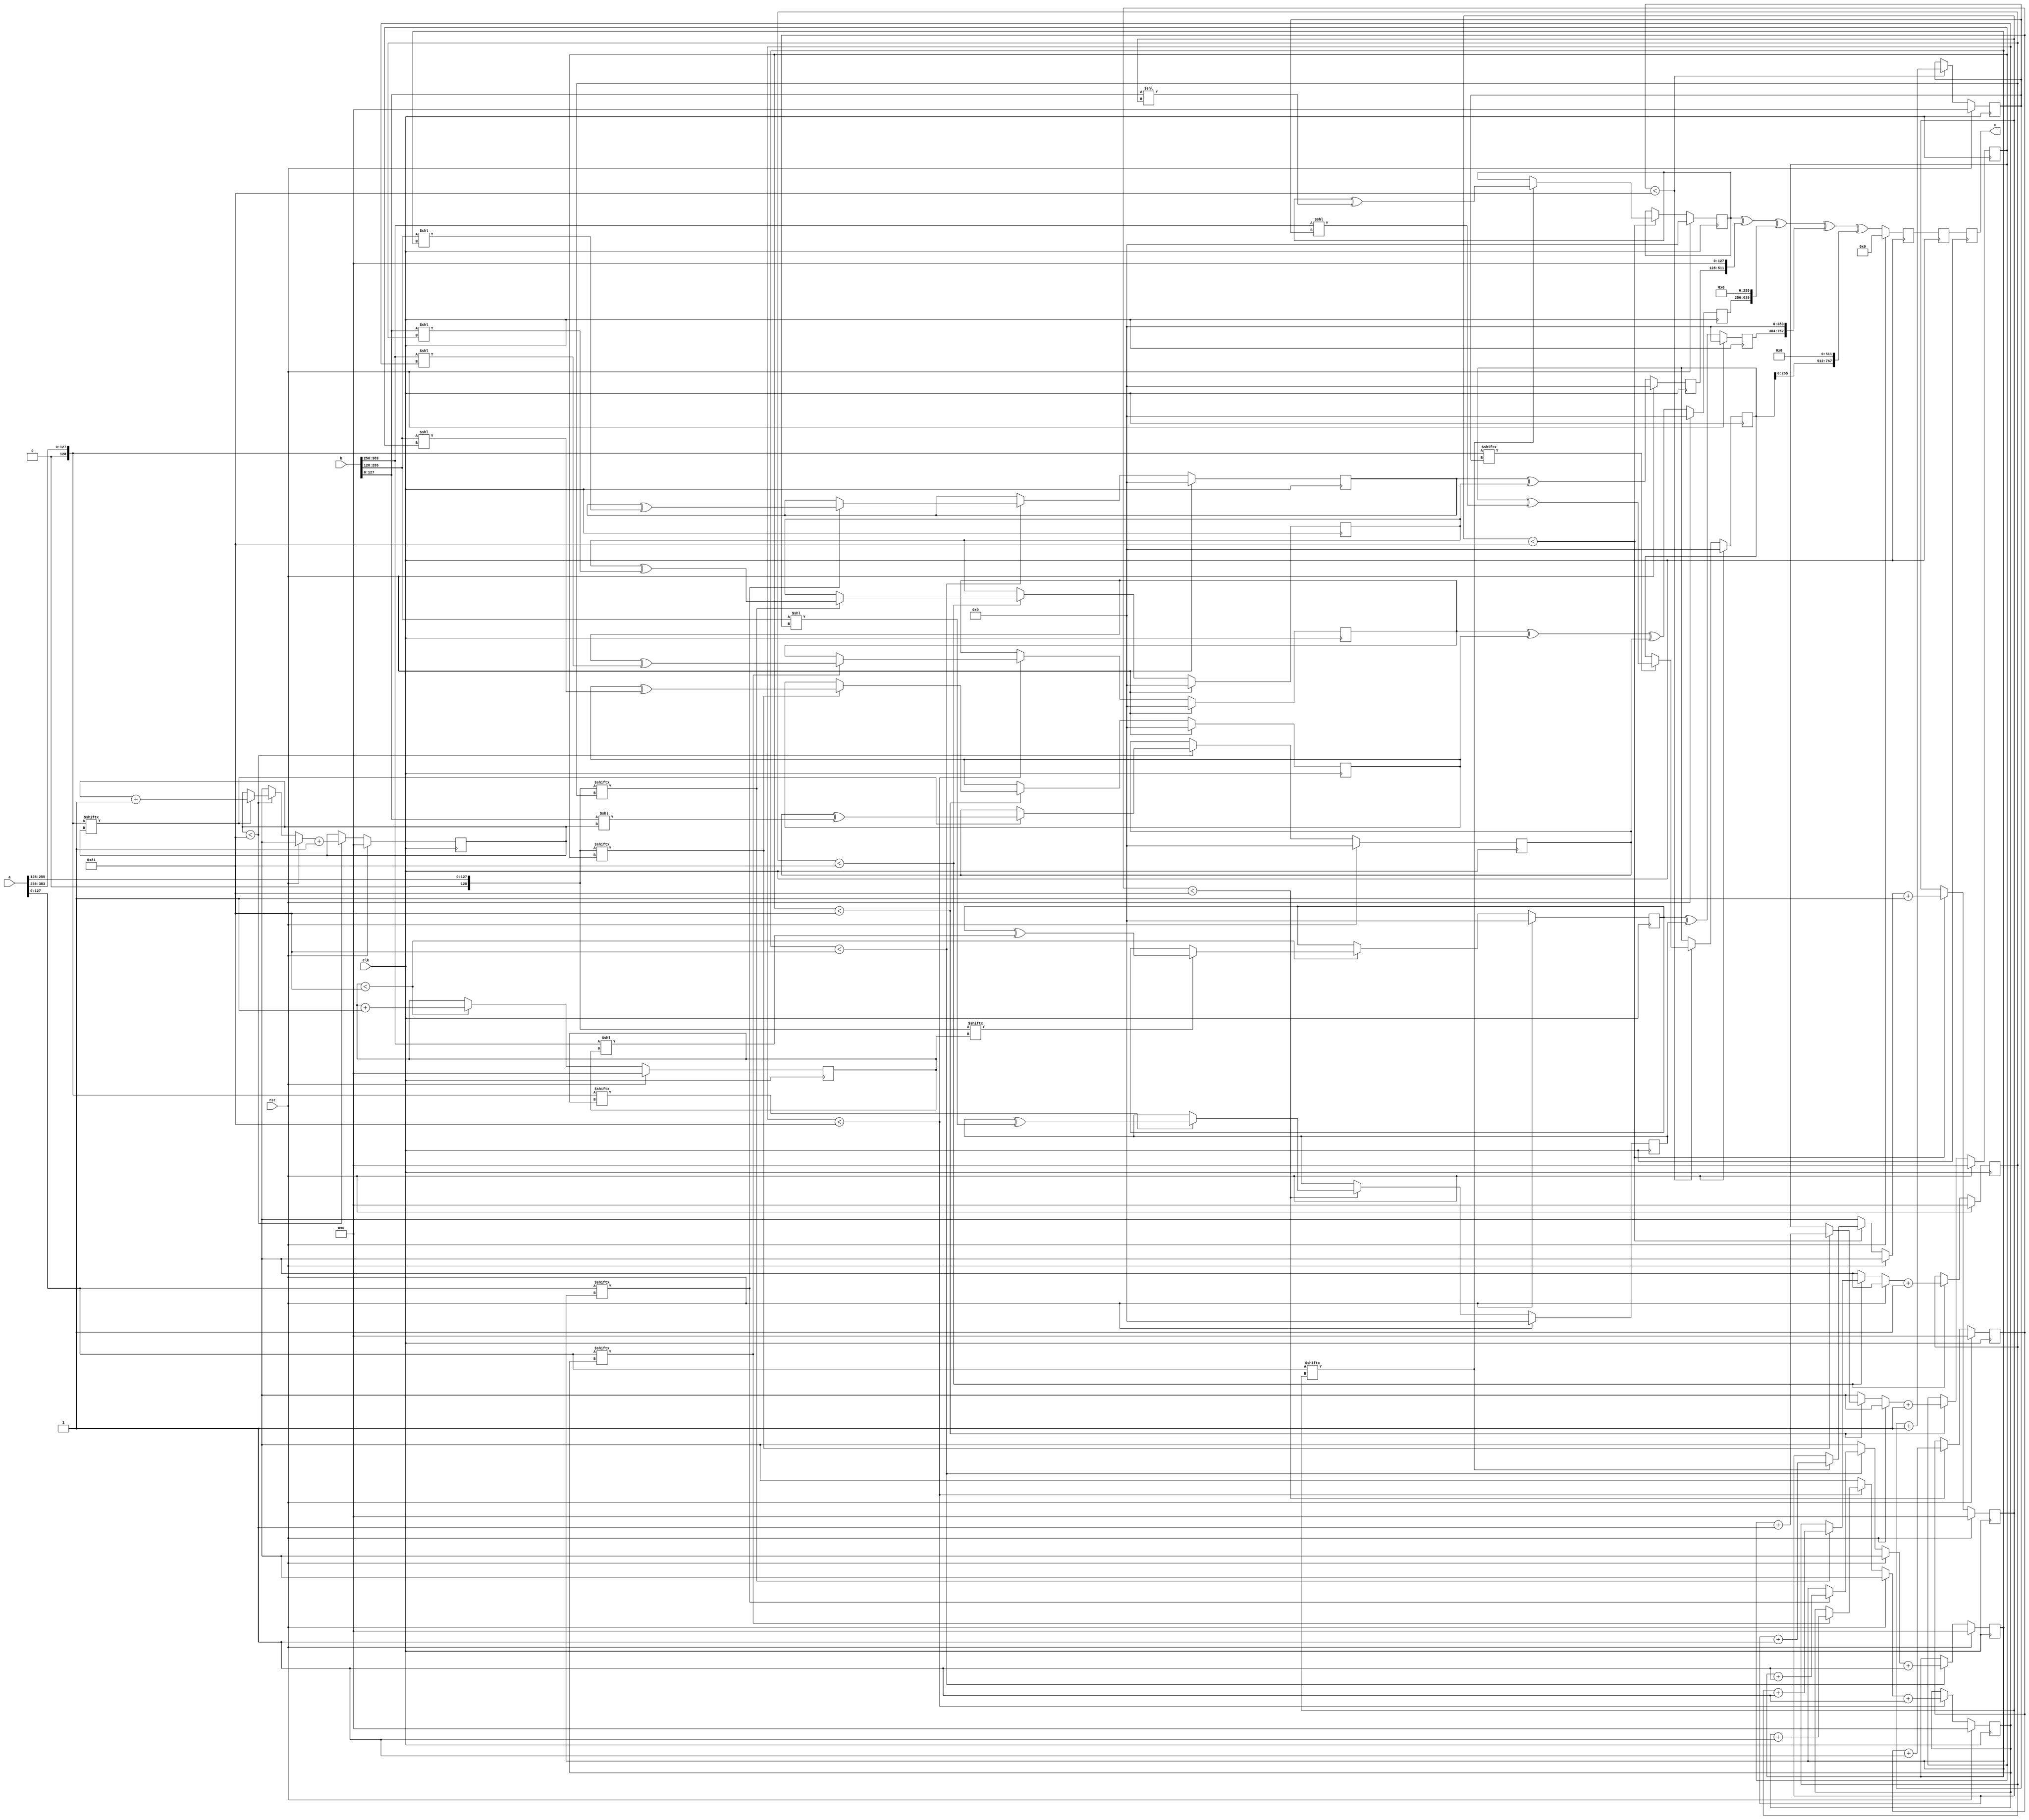
// TalTech large integer multiplier library
// Multiplier type: three_way_toom_cook
// Parameters: 384 384 3
// Target tool: genus
module three_way_toom_cook(clk, rst, a, b, c);
input clk;
input rst;
input [383:0] a;
input [383:0] b;
output reg [767:0] c;

// Pipeline register declaration 
reg [767:0] c_temp_2;
reg [767:0] c_temp_1;

// Wires declaration 
wire  [127:0] a0;
wire  [128:0] a1;
wire  [128:0] a2;
wire  [127:0] b0;
wire  [128:0] b1;
wire  [128:0] b2;

// Registers declaration 
reg  [127:0] counter_d;
reg  [127:0] counter_e1;
reg  [127:0] counter_e2;
reg  [127:0] counter_f1;
reg  [127:0] counter_f2;
reg  [127:0] counter_f3;
reg  [127:0] counter_g1;
reg  [127:0] counter_g2;
reg  [127:0] counter_h;
reg  [383:0] d;
reg  [383:0] e1_mul;
reg  [383:0] e2_mul;
reg  [383:0] e;
reg  [383:0] f1_mul;
reg  [383:0] f2_mul;
reg  [383:0] f3_mul;
reg  [383:0] f;
reg  [383:0] g1_mul;
reg  [383:0] g2_mul;
reg  [383:0] g;
reg  [383:0] h;
reg  [767:0] temp;

// Initial assignments to wires
assign a0 = a[127:0];
assign a1 = a[255:128];
assign a2 = a[383:256];
assign b0 = b[127:0];
assign b1 = b[255:128];
assign b2 = b[383:256];

// Step-1 of 3-Way TCM Multiplier
always @(posedge clk) begin
	if (rst) begin
		d <= 384'd0;
		counter_d <= 128'd0;
	end
	else if (counter_d < 129) begin
		if (a2[counter_d] == 1'b1) begin
			d <= d ^ (b2 << counter_d);
			counter_d <= counter_d + 1;
		end
		counter_d <= counter_d + 1;
	end
end

// Step-2 (Part-1) of 3-Way TCM Multiplier
always @(posedge clk) begin
	if (rst) begin
		e1_mul <= 384'd0;
		counter_e1 <= 128'd0;
	end
	else if (counter_e1 < 129) begin
		if (a1[counter_e1] == 1'b1) begin
			e1_mul <= e1_mul ^ (b2 << counter_e1);
			counter_e1 <= counter_e1 + 1;
		end
		counter_e1 <= counter_e1 + 1;
	end
end

// Step-2 (Part-2) of 3-Way TCM Multiplier
always @(posedge clk) begin
	if (rst) begin
		e2_mul <= 384'd0;
		counter_e2 <= 128'd0;
	end
	else if (counter_e2 < 129) begin
		if (a2[counter_e1] == 1'b1) begin
			e2_mul <= e2_mul ^ (b1 << counter_e2);
			counter_e2 <= counter_e2 + 1;
		end
		counter_e2 <= counter_e2 + 1;
	end
end

// Step-2 (Part-3) of 3-Way TCM Multiplier
always @(posedge clk) begin
	if (rst) begin
		e = 384'd0;
	end
	else begin
		e = e1_mul ^ e2_mul; 
	end
end

// Step-3 (Part-1) of 3-Way TCM Multiplier
always @(posedge clk) begin
	if (rst) begin
		f1_mul = 384'd0;
		counter_f1 = 128'd0;
	end
	else if (counter_f1 < 129) begin
		if (a0[counter_f1] == 1'b1) begin
			f1_mul = f1_mul ^ (b2 << counter_f1);
			counter_f1 = counter_f1 + 1;
		end
		counter_f1 = counter_f1 + 1;
	end
end

// Step-3 (Part-2) of 3-Way TCM Multiplier
always @(posedge clk) begin
	if (rst) begin
		f2_mul = 384'd0;
		counter_f2 = 128'd0;
	end
	else if (counter_f2 < 129) begin
		if (a1[counter_f2] == 1'b1) begin
			f2_mul = f2_mul ^ (b1 << counter_f2);
			counter_f2 = counter_f2 + 1;
		end
		counter_f2 = counter_f2 + 1;
	end
end

// Step-3 (Part-3) of 3-Way TCM Multiplier
always @(posedge clk) begin
	if (rst) begin
		f3_mul = 384'd0;
		counter_f3 = 128'd0;
	end
	else if (counter_f3 < 129) begin
		if (a2[counter_f3] == 1'b1) begin
			f3_mul = f3_mul ^ (b0 << counter_f3);
			counter_f3 = counter_f3 + 1;
		end
		counter_f3 = counter_f3 + 1;
	end
end

// Step-3 (Part-4) of 3-Way TCM Multiplier
always @(posedge clk) begin
	if (rst) begin
		f = 384'd0;
	end
	else begin
		f = f1_mul ^ f2_mul ^ f3_mul; 
	end
end

// Step-4 (Part-1) of 3-Way TCM Multiplier
always @(posedge clk) begin
	if (rst) begin
		g1_mul = 384'd0;
		counter_g1 = 128'd0;
	end
	else if (counter_g1 < 129) begin
		if (a0[counter_g1] == 1'b1) begin
			g1_mul = g1_mul ^ (b1 << counter_g1);
			counter_g1 = counter_g1 + 1;
		end
		counter_g1 = counter_g1 + 1;
	end
end

// Step-4 (Part-2) of 3-Way TCM Multiplier
always @(posedge clk) begin
	if (rst) begin
		g2_mul = 384'd0;
		counter_g2 = 128'd0;
	end
	else if (counter_g2 < 129) begin
		if (a1[counter_g2] == 1'b1) begin
			g2_mul = g2_mul ^ (b0 << counter_g2);
			counter_g2 = counter_g2 + 1;
		end
		counter_g2 = counter_g2 + 1;
	end
end

// Step-4 (Part-3) of 3-Way TCM Multiplier
always @(posedge clk) begin
	if (rst) begin
		g = 384'd0;
	end
	else begin
		g = g1_mul ^ g2_mul; 
	end
end

// Step-5 of 3-Way TCM Multiplier
always @(posedge clk) begin
	if (rst) begin
		h = 384'd0;
		counter_h = 128'd0;
	end
	else if (counter_h < 129) begin
		if (a0[counter_h] == 1'b1) begin
			h = h ^ (b0 << counter_h);
			counter_h = counter_h + 1;
		end
	counter_h = counter_h + 1;
	end
end

// Step-6 of 3-Way TCM Multiplier
always @(posedge clk) begin
	if (rst) begin
		temp = 768'd0;
		c_temp_2 = 768'd0;
	end
	else begin
		temp = h;
		temp = temp ^ (g << 128);
		temp = temp ^ (f << 256);
		temp = temp ^ (e << 384);
		temp = temp ^ (d << 512);
		c_temp_2 = temp;
	end
end

// pipeline stages
always @(posedge clk) begin
	c <= c_temp_1;
	c_temp_1 <= c_temp_2;
end
endmodule